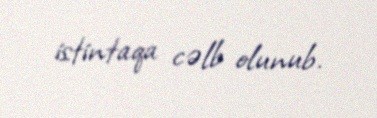
istintaqa cəlb olunub.